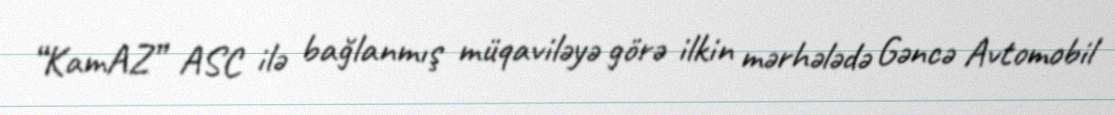
“KamAZ” ASC ilə bağlanmış müqaviləyə görə ilkin mərhələdə Gəncə Avtomobil